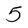
Character: 5